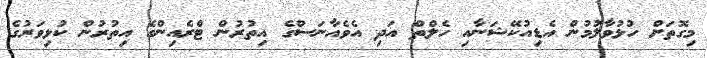
މިގޮތަށް ހުޅުވާލުމުން އެޑިއުކޭޝަނާއި ހެލްތް އަދި އެވެއާނަސްގެ އިތުރުން ޓްރެއިންގެ އިތުރުން ކުޅިވަރުގެ